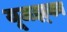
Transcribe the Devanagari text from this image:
यूजझ्‌का